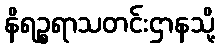
နိရဉ္စရာသတင်းဌာနသို့